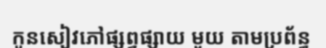
កូនសៀវភៅផ្សព្វផ្សាយ មួយ តាមប្រព័ន្ធ